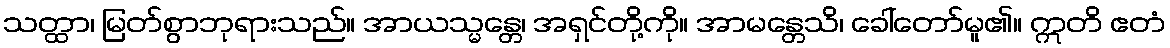
သတ္ထာ၊ မြတ်စွာဘုရားသည်။ အာယသ္မန္တေ၊ အရှင်တို့ကို။ အာမန္တေသိ၊ ခေါ်တော်မူ၏။ ဣတိ ဧတံ